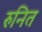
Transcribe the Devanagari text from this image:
रुनित